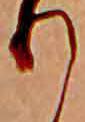
り